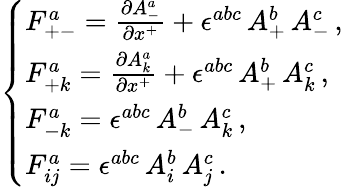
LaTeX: \left\{ \begin{array}{l}{{F_{+-}^{a}=\frac{\partial A_{-}^{a}}{\partial x^{+}}+\epsilon^{abc}\, A_{+}^{b}\, A_{-}^{c}\, ,}}\\ {{F_{+k}^{a}=\frac{\partial A_{k}^{a}}{\partial x^{+}}+\epsilon^{abc}\, A_{+}^{b}\, A_{k}^{c}\, ,}}\\ {{F_{-k}^{a}=\epsilon^{abc}\, A_{-}^{b}\, A_{k}^{c}\, ,}}\\ {{F_{ij}^{a}=\epsilon^{abc}\, A_{i}^{b}\, A_{j}^{c}\, .}}\end{array}\right.